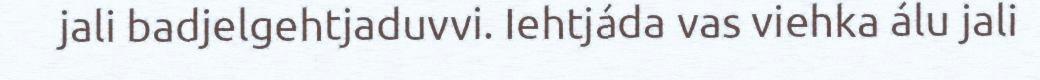
jali badjelgehtjaduvvi. Iehtjáda vas viehka álu jali